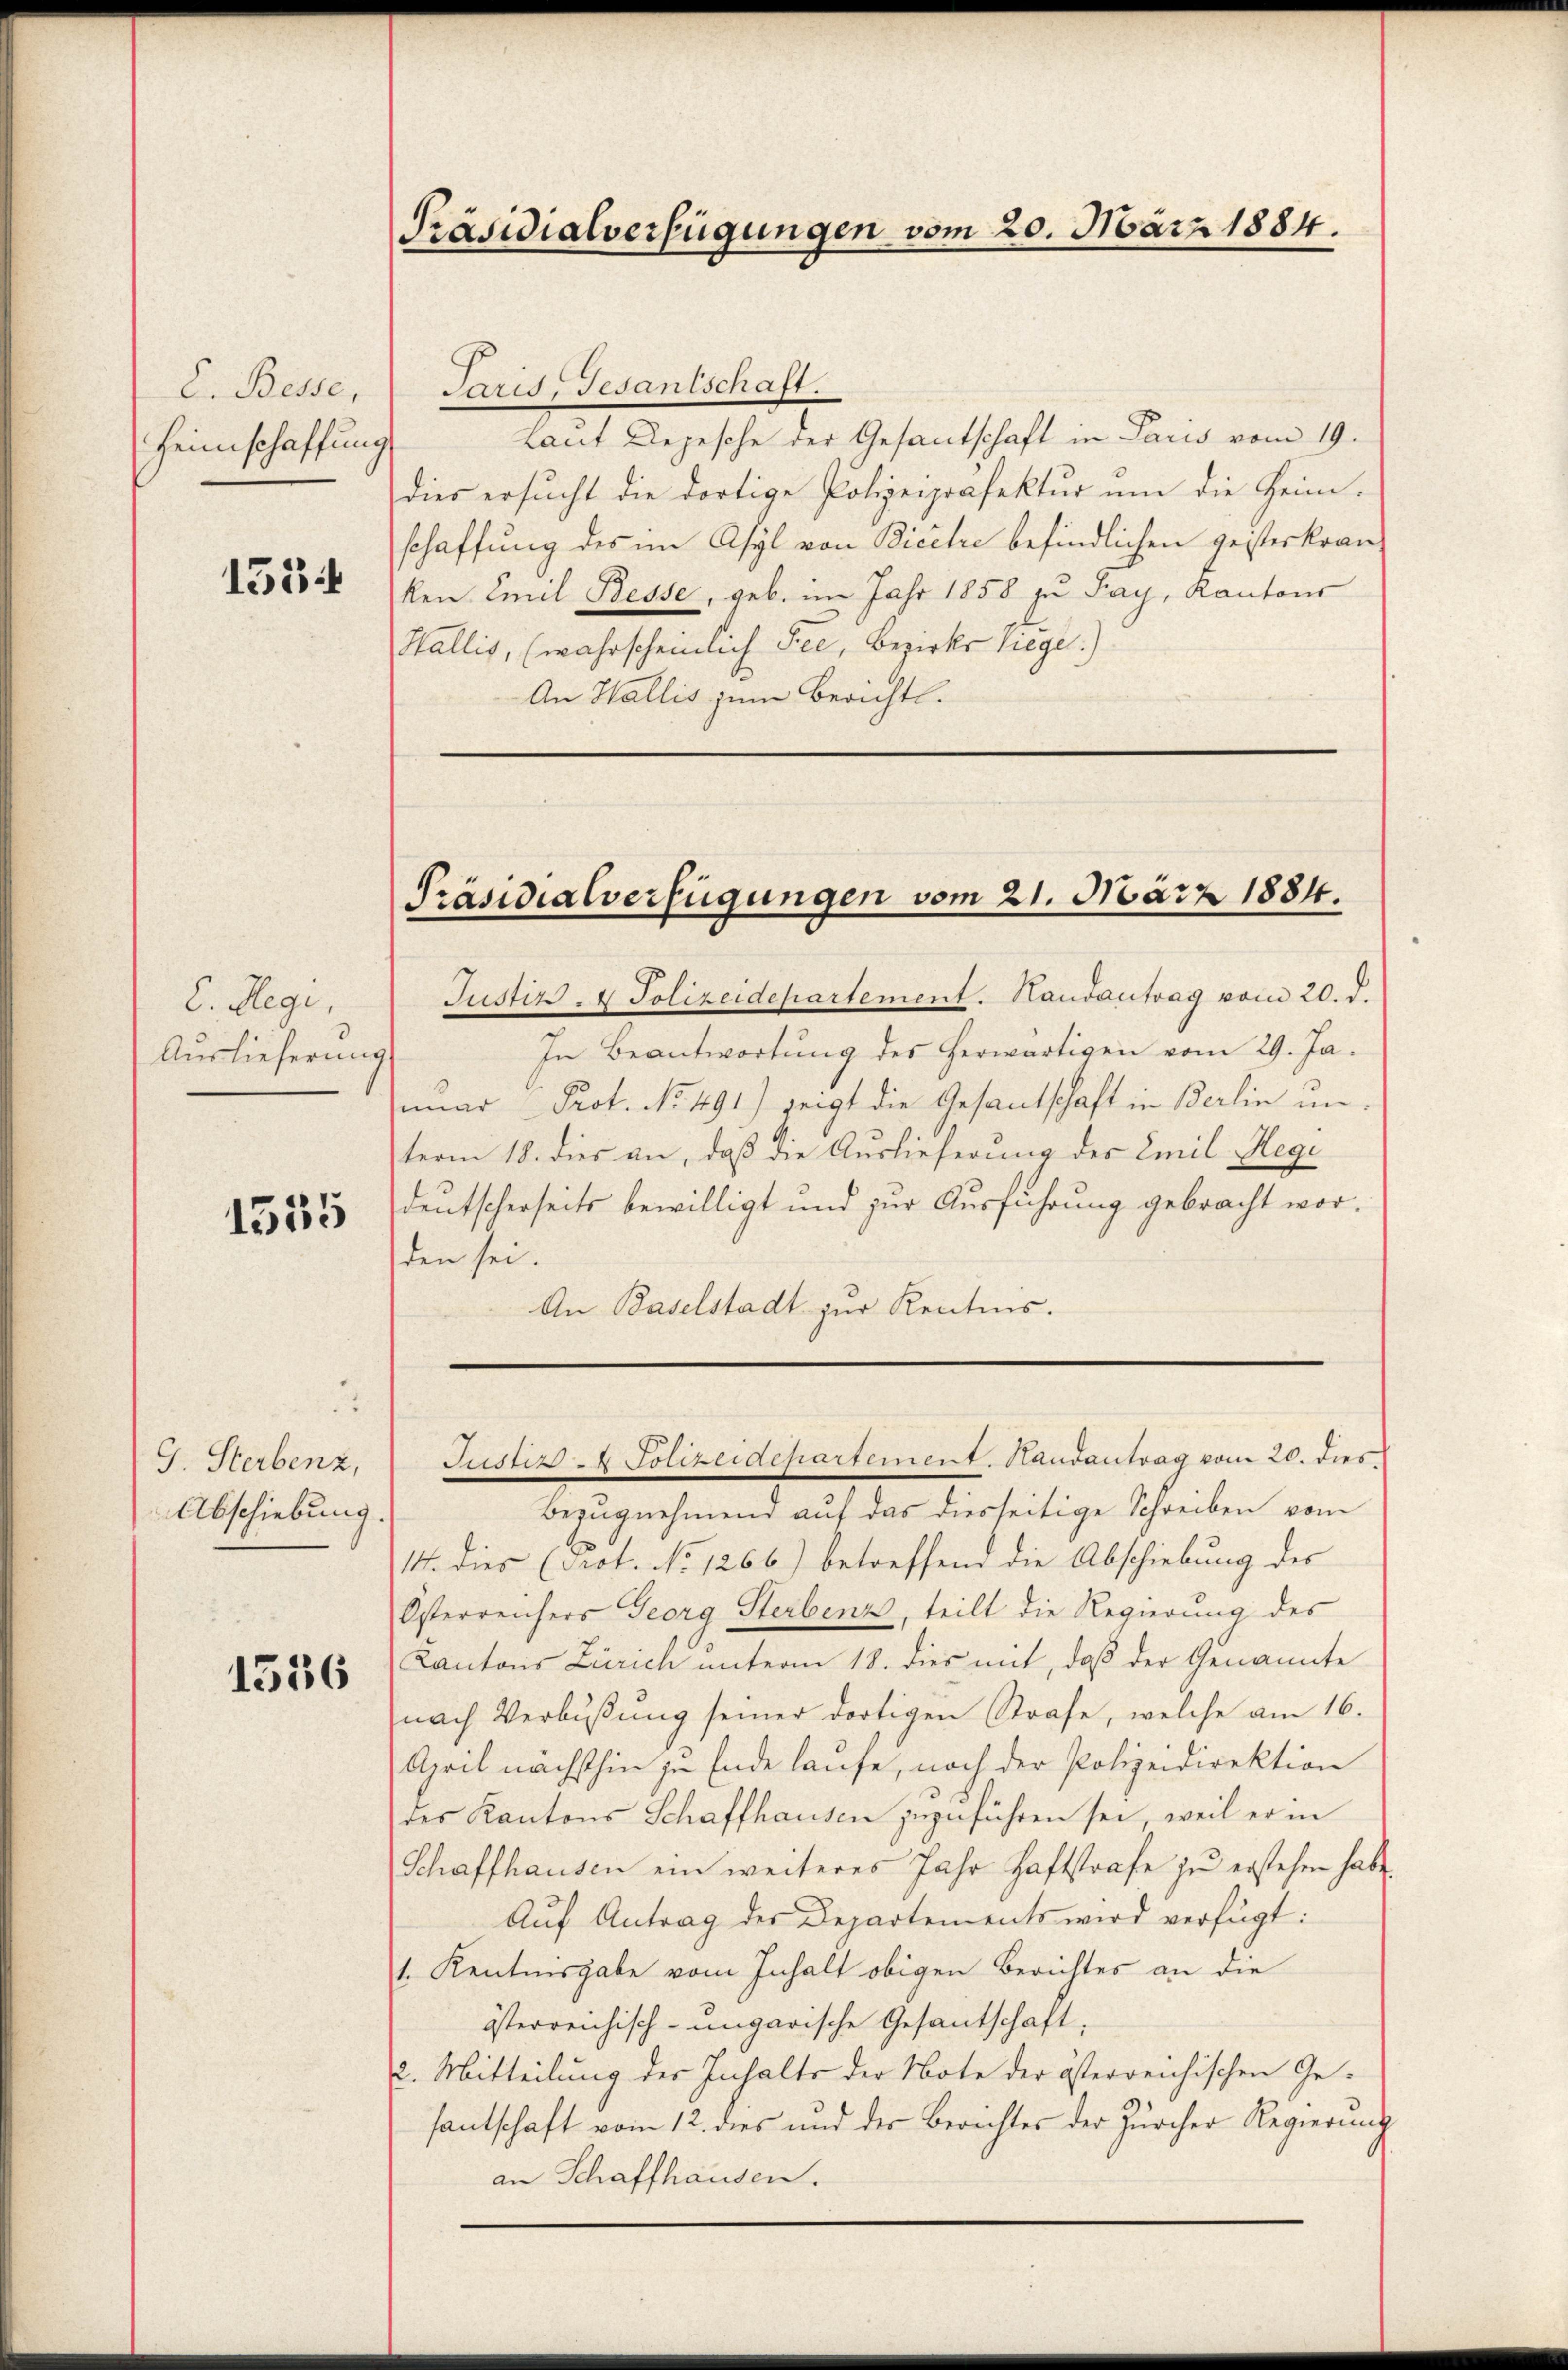
E. Besse,
Heimschaffung

1534

C. Hegi,
Auslieferung

1555

J. Sterbenz,
Abschiebung.

1556

Präsidialverfügungen vom 20. März 1884.

Paris, Gesantschaft.
Laut Depesche der Gesantschaft in Paris vom 19.
dies ersucht die dortige Polizeipräfektur um die Heimschaffung des im Asyl von Bicetze befindlichen geisterkranken Emil Besse, geb. im Jahr 1858 zu Pay, Kantons
Wallis, (wahrscheinlich See, Bezirks liege.)
An Wallis zum Berichtl.

Präsidialverfügungen vom 21. März 1884.

Justizs - Polizeidepartement. Handantrag vom 20. d.
In Beantwortung des herwärtigen vom 29. Ja.
mar Prot. No. 491) zeigt die Gesantschaft in Berlin un
term 18. dies an, daß die Auslieferung der Emil Hegi
deutscherseits bewilligt und zur Ausführung gebracht worden sei.
An Baselstadt zur Kentnis.

Justiz - Polizeidepartement. Handantrag vom 20. dies.

Bezugnehmend auf das diesseitige Schreiben vom
14. Dies (Prot. No 1266) betreffend die Abschiebung des
Österreichers Georg Sterbenz, teilt die Regierung des
Cantons Zürich unterm 18. dies mit, daß der Genannte
nach Verbŭβŭng seiner dortigen Strafe, welche am 16.
April nächsthin zu Ende laufe, noch der Polizeidirektion
des Kantons Schaffhausen zuzuführen sei, weil er in
Schaffhausen ein weiteres Jahr Haftstrafe zŭ erstehen habe.
Auf Antrag des Departements wird verfügt:
1. Kantonsgabe vom Inhalt obigen Berichtes an die
österreichisch-ungarische Gesantschaft,
2. Mitteilung der Inhalte der Note der österreichischen Gesantschaft vom 12. dies und der Berechtes der Zürcher Regierung
an Schaffhausen.